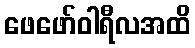
ဖေဖော်ဝါရီလအထိ